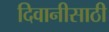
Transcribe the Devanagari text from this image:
दिवानीसाठी